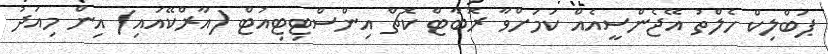
ޕަބްލިކް ހެލްތު އޭޖެންސީއެއް ކަމަށްވާ ރޮބާޓް ކޮޗް އިންސްޓިޓިއުޓް (އާރްކޭއައި) އިން މިއަދު